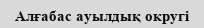
Алғабас ауылдық округі